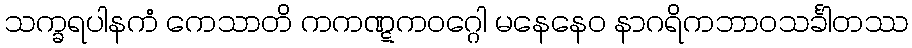
သက္ခရပါနကံ ကေသာတိ ကကဏ္ဋကဝဂ္ဂေါ မနေနေဝ နာဂရိကဘာဝသင်္ခါတဿ